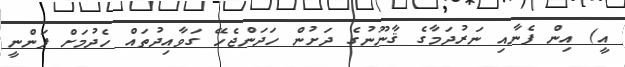
އީ) އިން ފެނާއި ނަރުދަމާގެ ޤާނޫނުގެ ދަށުން ހަދަންޖެހޭ ގަވާއިދުތައް ހެދުމަށް ފަންނީ